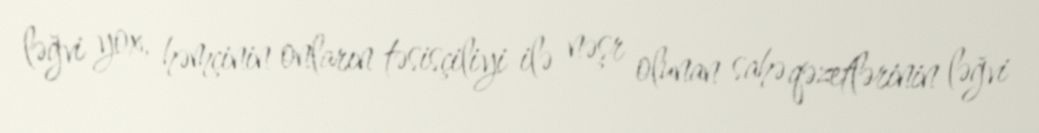
ləğvi yox, həmçinin onların təsisçiliyi ilə nəşr olunan sahə qəzetlərinin ləğvi